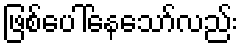
ဖြစ်ပေါ်နေသော်လည်း